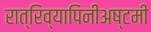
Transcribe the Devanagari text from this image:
रात्रिव्यापिनीअष्टमी